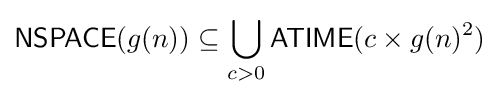
{\mathsf {NSPACE}}(g(n))\subseteq \bigcup _{c>0}{\mathsf {ATIME}}(c\times g(n)^{2})